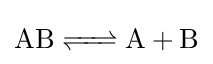
{\ce {AB <=> A + B}}